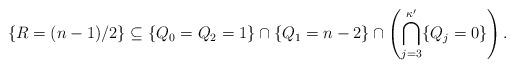
LaTeX: \begin{align*}\left \{R=(n-1)/2 \right \} \subseteq \{Q_0=Q_2=1\}\cap \{Q_1=n-2\}\cap \left( \bigcap_{j=3}^{\kappa' } \{Q_j=0\} \right).\end{align*}